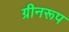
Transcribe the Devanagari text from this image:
ग्रीनरूप